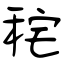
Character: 秺